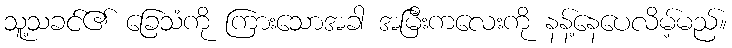
သူ့သခင်၏ ခြေသံကို ကြားသောအခါ အမြီးကလေးကို နန့်နေပေလိမ့်မည်။